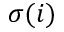
\sigma ( i )